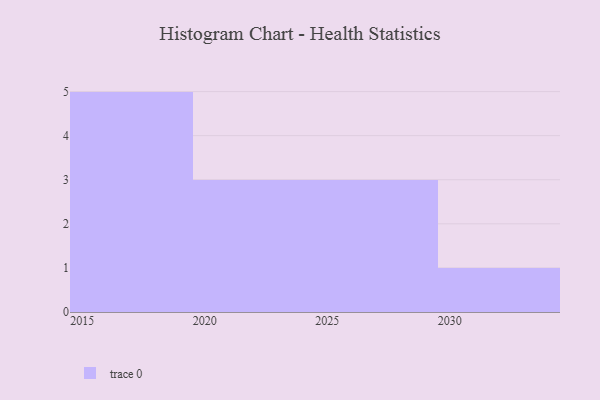
{"axis": {"x": "Year", "y": "Operating Costs (USD K)"}, "legend": [""], "data": [{"x": "2016", "y": 41, "type": ""}, {"x": "2023", "y": 35, "type": ""}, {"x": "2015", "y": 79, "type": ""}, {"x": "2028", "y": 96, "type": ""}, {"x": "2019", "y": 1, "type": ""}, {"x": "2021", "y": 47, "type": ""}, {"x": "2029", "y": 35, "type": ""}, {"x": "2026", "y": 16, "type": ""}, {"x": "2020", "y": 100, "type": ""}, {"x": "2018", "y": 74, "type": ""}, {"x": "2030", "y": 41, "type": ""}, {"x": "2017", "y": 49, "type": ""}]}